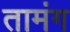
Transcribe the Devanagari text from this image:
तामंग